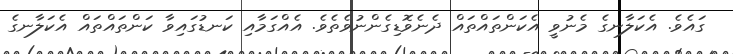
ގައެވެ. އެކަލާނގެ މެނުވީ އެކަންތައްތައް ދެނެވޮޑިގެންނުވެތެވެ. އެއްގަމާއި ކަނޑުގައިވާ ކަންތައްތައް އެކަލާނގެ